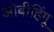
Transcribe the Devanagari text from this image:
ओबीहिंगू